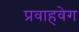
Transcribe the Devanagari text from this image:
प्रवाहवेग